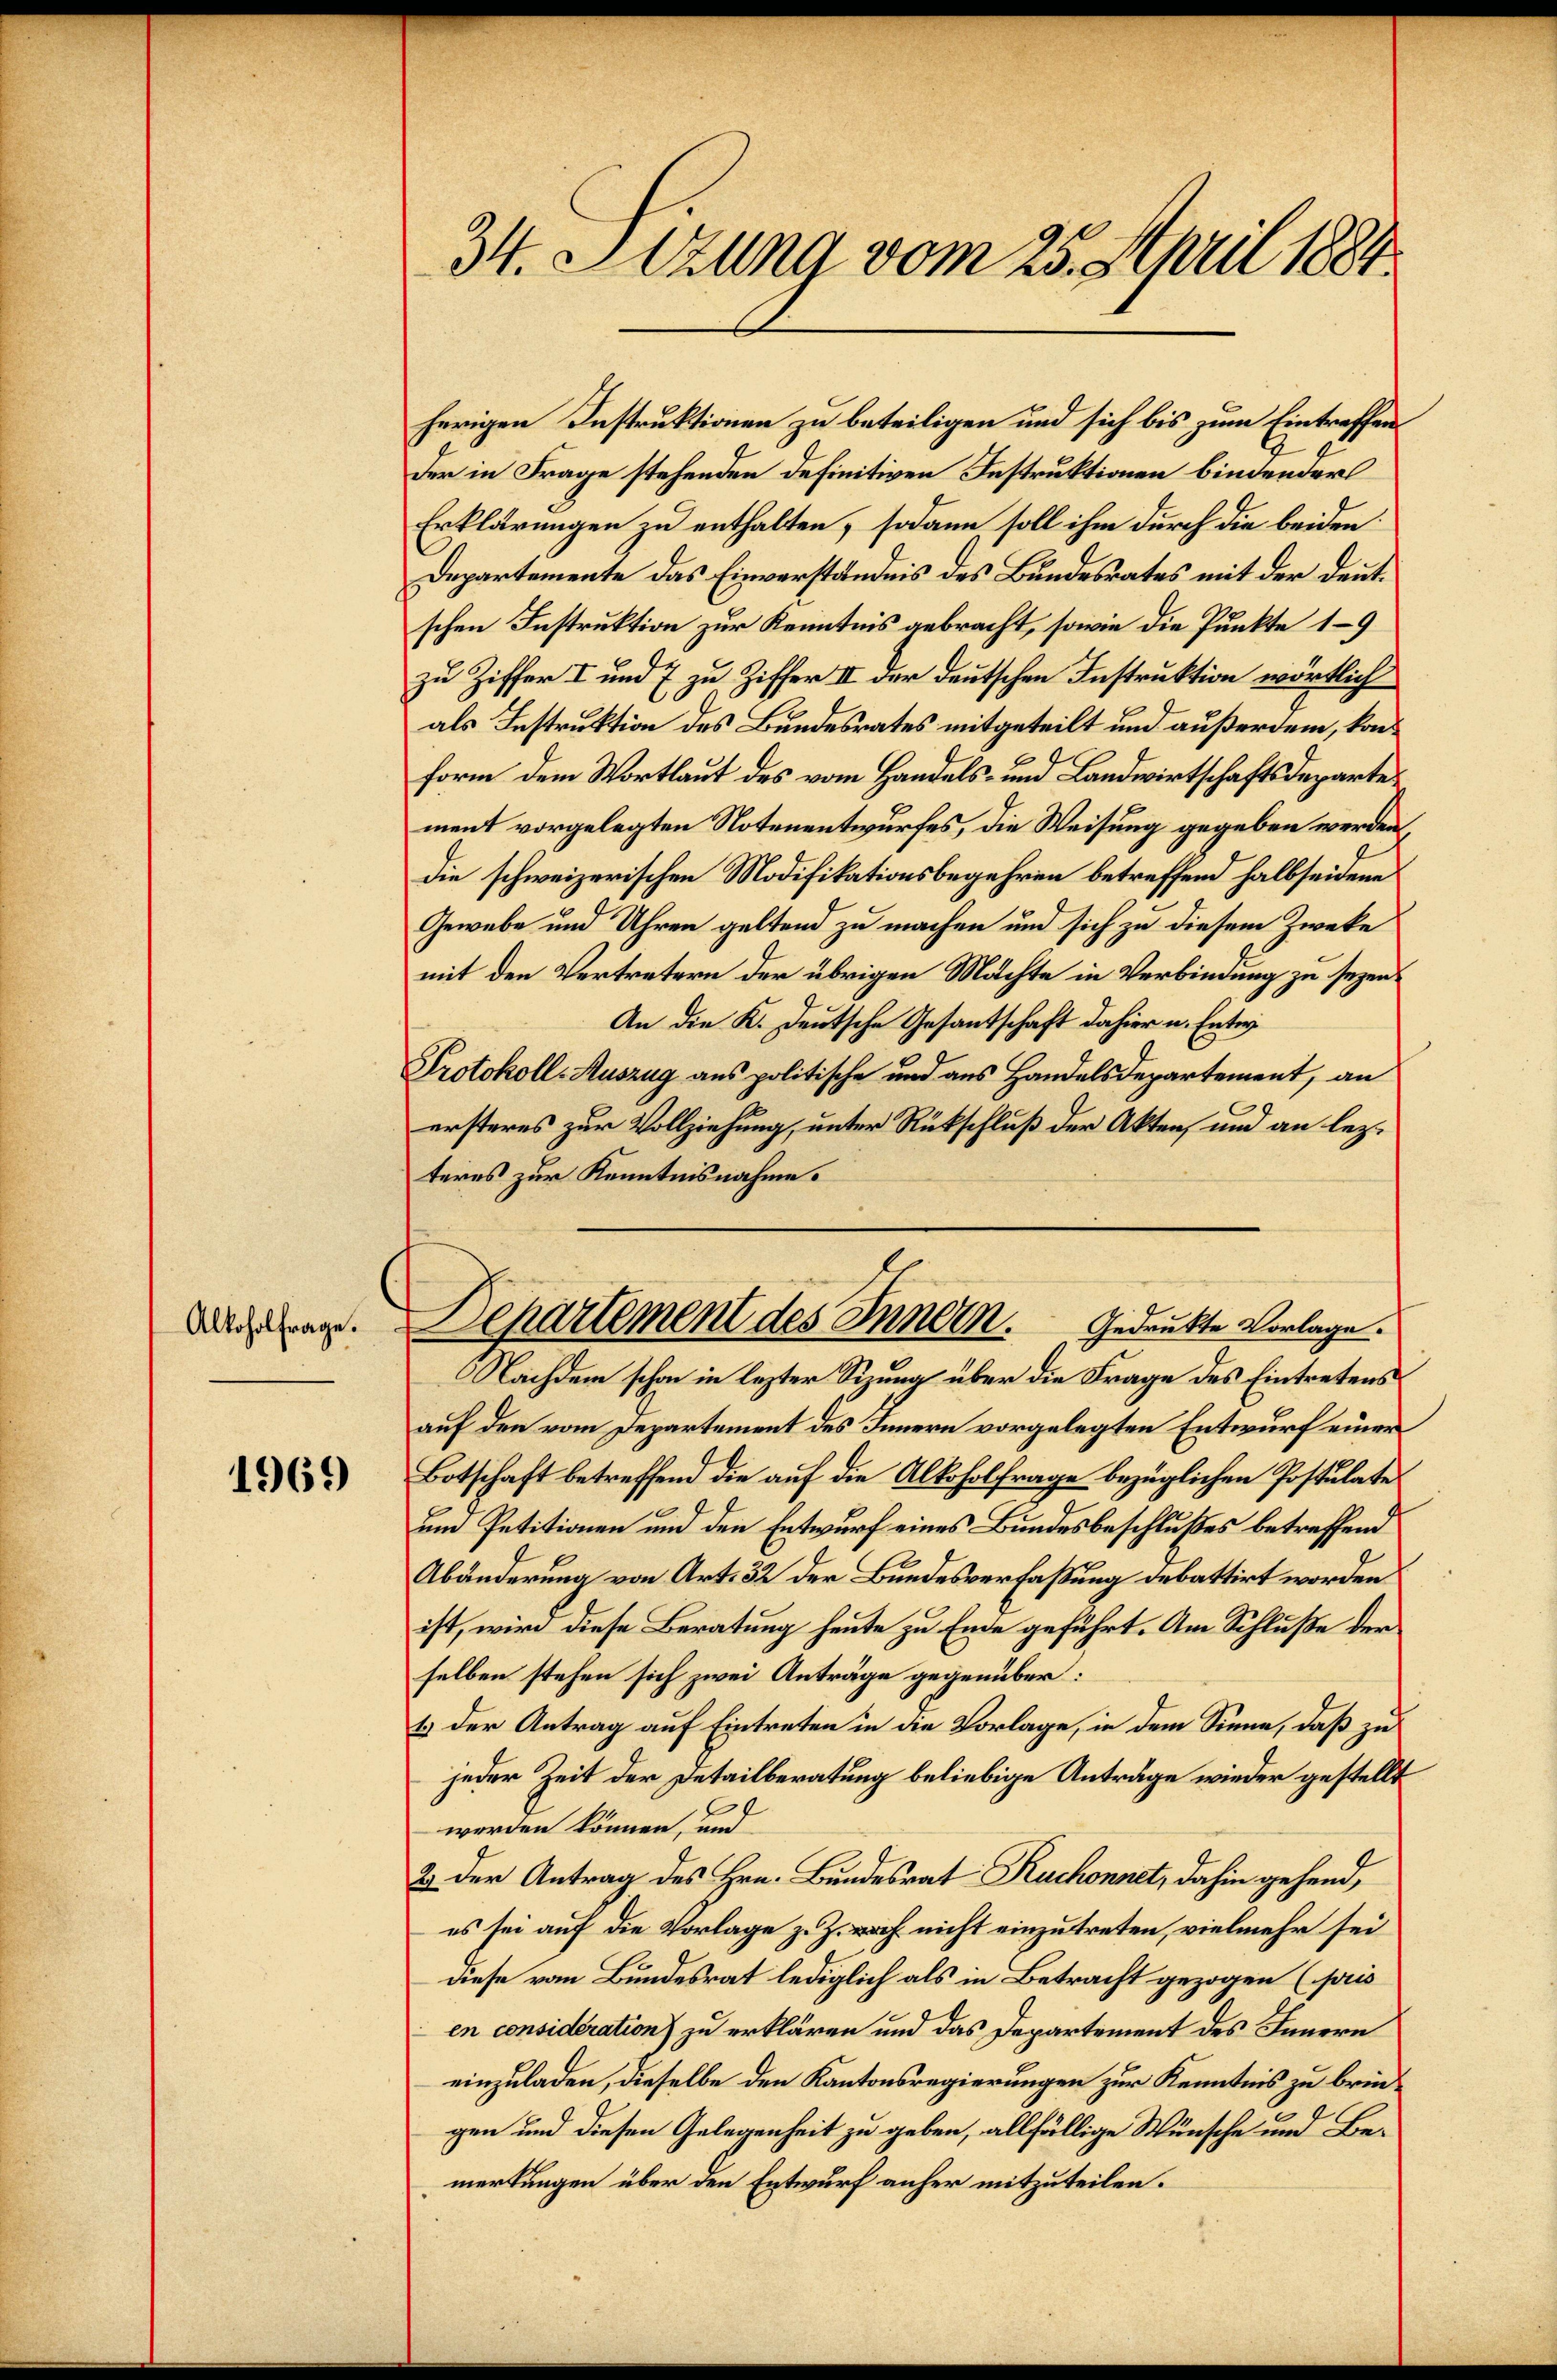
Alkoholfrage.

1969

34. Sitzung vom 25. April 1884.

herigen Instruktionen zu beteiligen und sich bis zum Eintreffen
Der in Frage stehenden definitiven Instruktionen bindenders
Erklärungen zu enthalten, sodann soll ihm durch die beiden
Departemente das Einverständnis des Bundesrates mit der deutschen Instruktion zur Kenntnis gebracht, sowie die Punkte 19
zu Ziffer I und 7 zu Ziffer II der deutschen Instruktion wörtlich
als Instruktion des Bundesrates mitgeteilt und außerdem, konform dem Wortlaut des vom Handels- und Landwirtschaftsdepartement vorgelegten Notenentwurfes, die Weisung gegeben werden
die schweizerischen Modifikationsbegehren betreffend halbseidene
Gewebe und Uhren geltend zu machen und sich zu diesem Zwecke
mit den Vertretern der übrigen Machte in Verbindung zu sezen¬
An die K. Deutsche Gesantschaft dahier u. Enter
Protokoll-Auszug aus politische und aus Handelsdepartement, an
ersteres zur Vollziehung, unter Rückschluß der Akten, und an lezteres zur Kenntnisnahme.
Nachdem schon in lezter Sizung über die Frage des Eintretens
auf den vom Departement des Innern vorgelegten Entwurf einer
Botschaft betreffend die auf die Alkoholfrage bezüglichen Postulate
um Petitionen und den Entwurf eines Bundesbeschlußes betreffend
Abänderung von Art. 32 der Bundesverfassung debattirt worden
ist, wird diese Beratung heute zu Ende geführt. Am Schluße der
selben stehen sich zwei Anträge gegenüber:
1.) Der Antrag auf Eintreten in die Vorlage, in dem Sinne, daß zu
jeder Zeit der Detailberatung beliebige Anträge wieder gestellt
werden können, und
2) Der Antrag des Hrn. Bundesrat Ruchonnet, dahin gehend,
es sei auf die Vorlage z. Z. noch nicht einzutreten, vielmehr sei
diese vom Bundesrat lediglich als in Betracht gezogen (pris
en consideration zu erklären und das Departement des Innern
einzuladen, dieselbe den Kantonsregierungen zur Kenntnis zu bringen und diesen Gelegenheit zu geben, allfällige Wünsche und Bemerkungen über den Entwurf anher mitzuteilen.

Departement des Innern.
Gedrukte Vorlage.